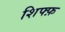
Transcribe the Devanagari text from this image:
शिफ्फ़